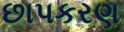
છાપકરણ